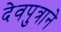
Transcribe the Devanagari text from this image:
देवपुत्राने